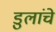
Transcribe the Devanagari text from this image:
डुलांचे